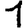
Digit: 1